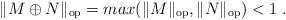
LaTeX: \begin{align*}\|M\oplus N\|_{\mathrm{op}}=\mathop{max}(\|M\|_{\mathrm{op}},\|N\|_{\mathrm{op}})<1\;.\end{align*}